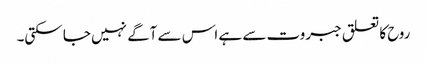
روح کا تعلق جبروت سے ہے اس سے آگے نہیں جا سکتی۔